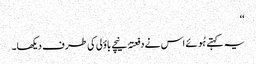
‘‘
یہ کہتے ہُوئے اس نے دفعتہً نیچے باؤلی کی طرف دیکھا۔